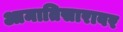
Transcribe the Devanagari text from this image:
आमातिसारावर